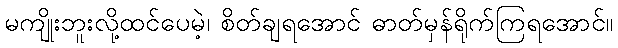
မကျိုးဘူးလို့ထင်ပေမဲ့၊ စိတ်ချရအောင် ဓာတ်မှန်ရိုက်ကြရအောင်။